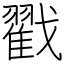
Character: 戳